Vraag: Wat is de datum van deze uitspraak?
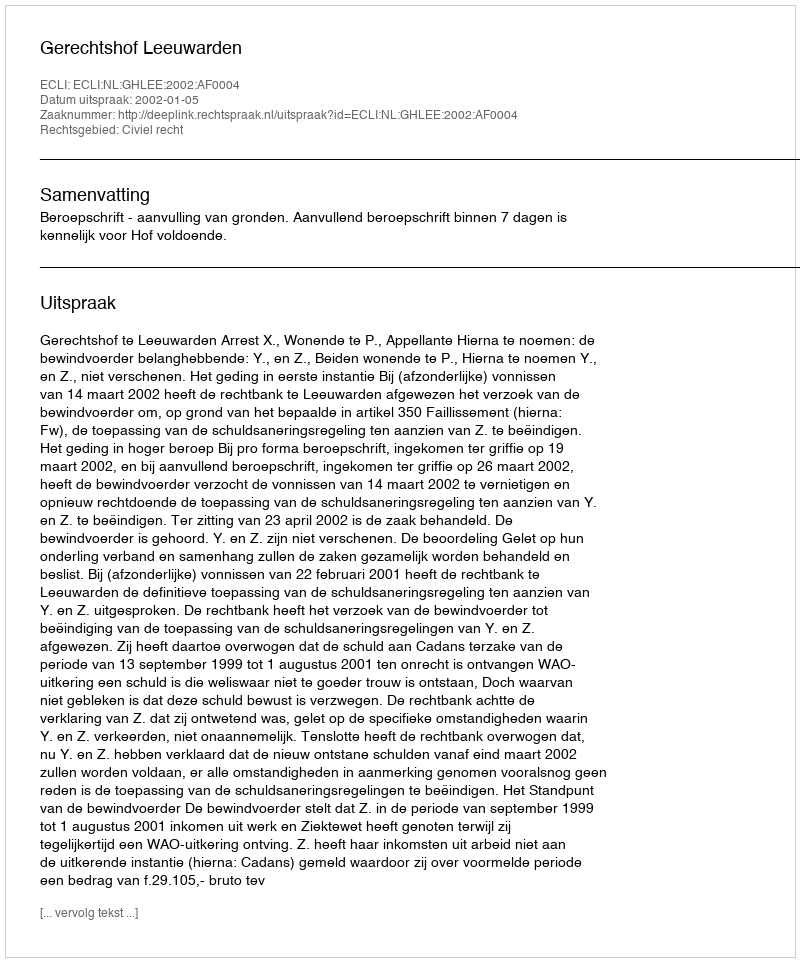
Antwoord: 2002-01-05